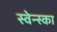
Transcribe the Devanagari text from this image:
स्वेन्स्का